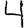
Digit: 4